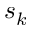
s _ { k }